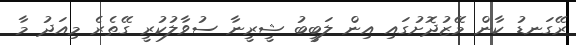
ރޭގަނޑު ކާން މޭޒުދޮށުގައި އިން ލަބީބު ޝީރީނާ ސުވާލުކުރީ ގޭތެރެ މިއަދު މާ